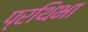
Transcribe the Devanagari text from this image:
प्रथिभा